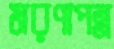
মরণাপন্ন